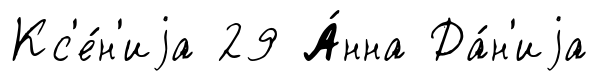
Кс'е́н'иjа 29 А́нна Да́н'иjа